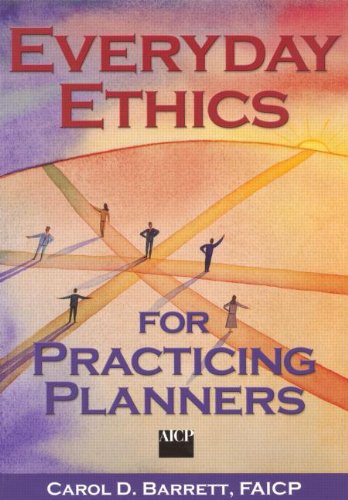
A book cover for Everyday Ethics for Practicing Planners; Carol Barrett; Law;